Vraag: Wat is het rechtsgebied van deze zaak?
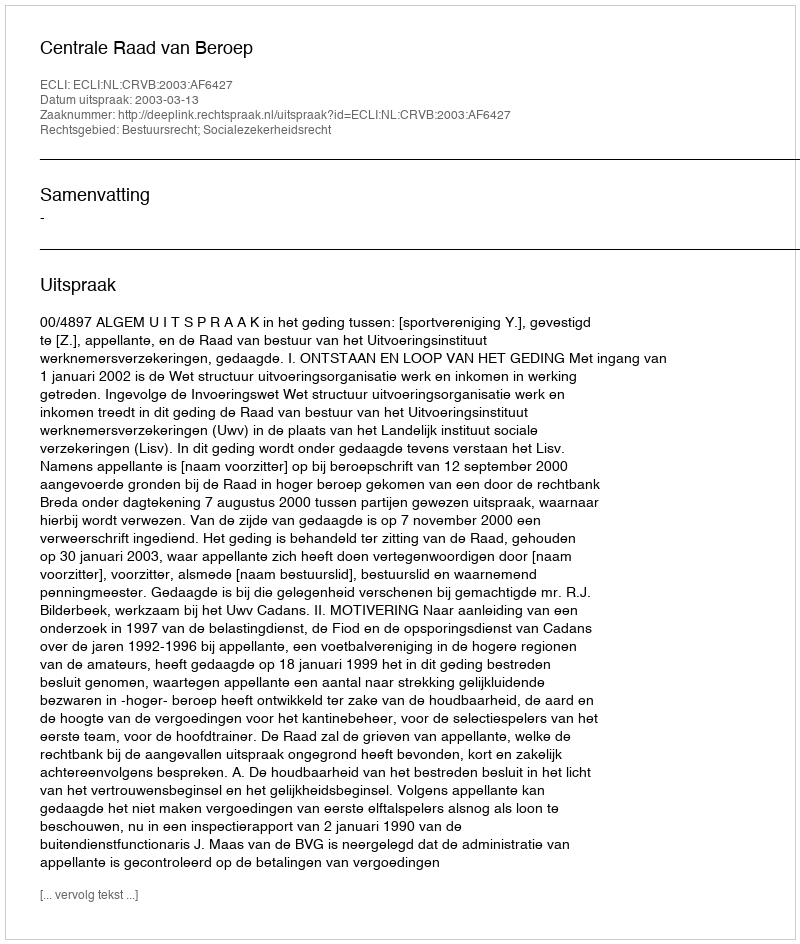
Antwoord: Bestuursrecht; Socialezekerheidsrecht